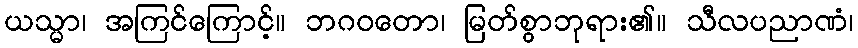
ယသ္မာ၊ အကြင်ကြောင့်။ ဘဂဝတော၊ မြတ်စွာဘုရား၏။ သီလပညာဏံ၊